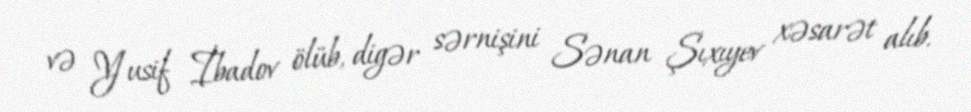
və Yusif İbadov ölüb, digər sərnişini Sənan Şıxıyev xəsarət alıb.